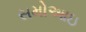
સમોઆઇ